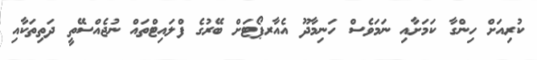
ކުރިއަށް ހިންގާ ކަމަށާއި ނަމަވެސް ހަނިމާދޫ އެއާރޕޯޓަށް ބޭރުގެ ފްލައިޓްތައް ނުޖެއްސޭތީ ދަތިތަކާއި